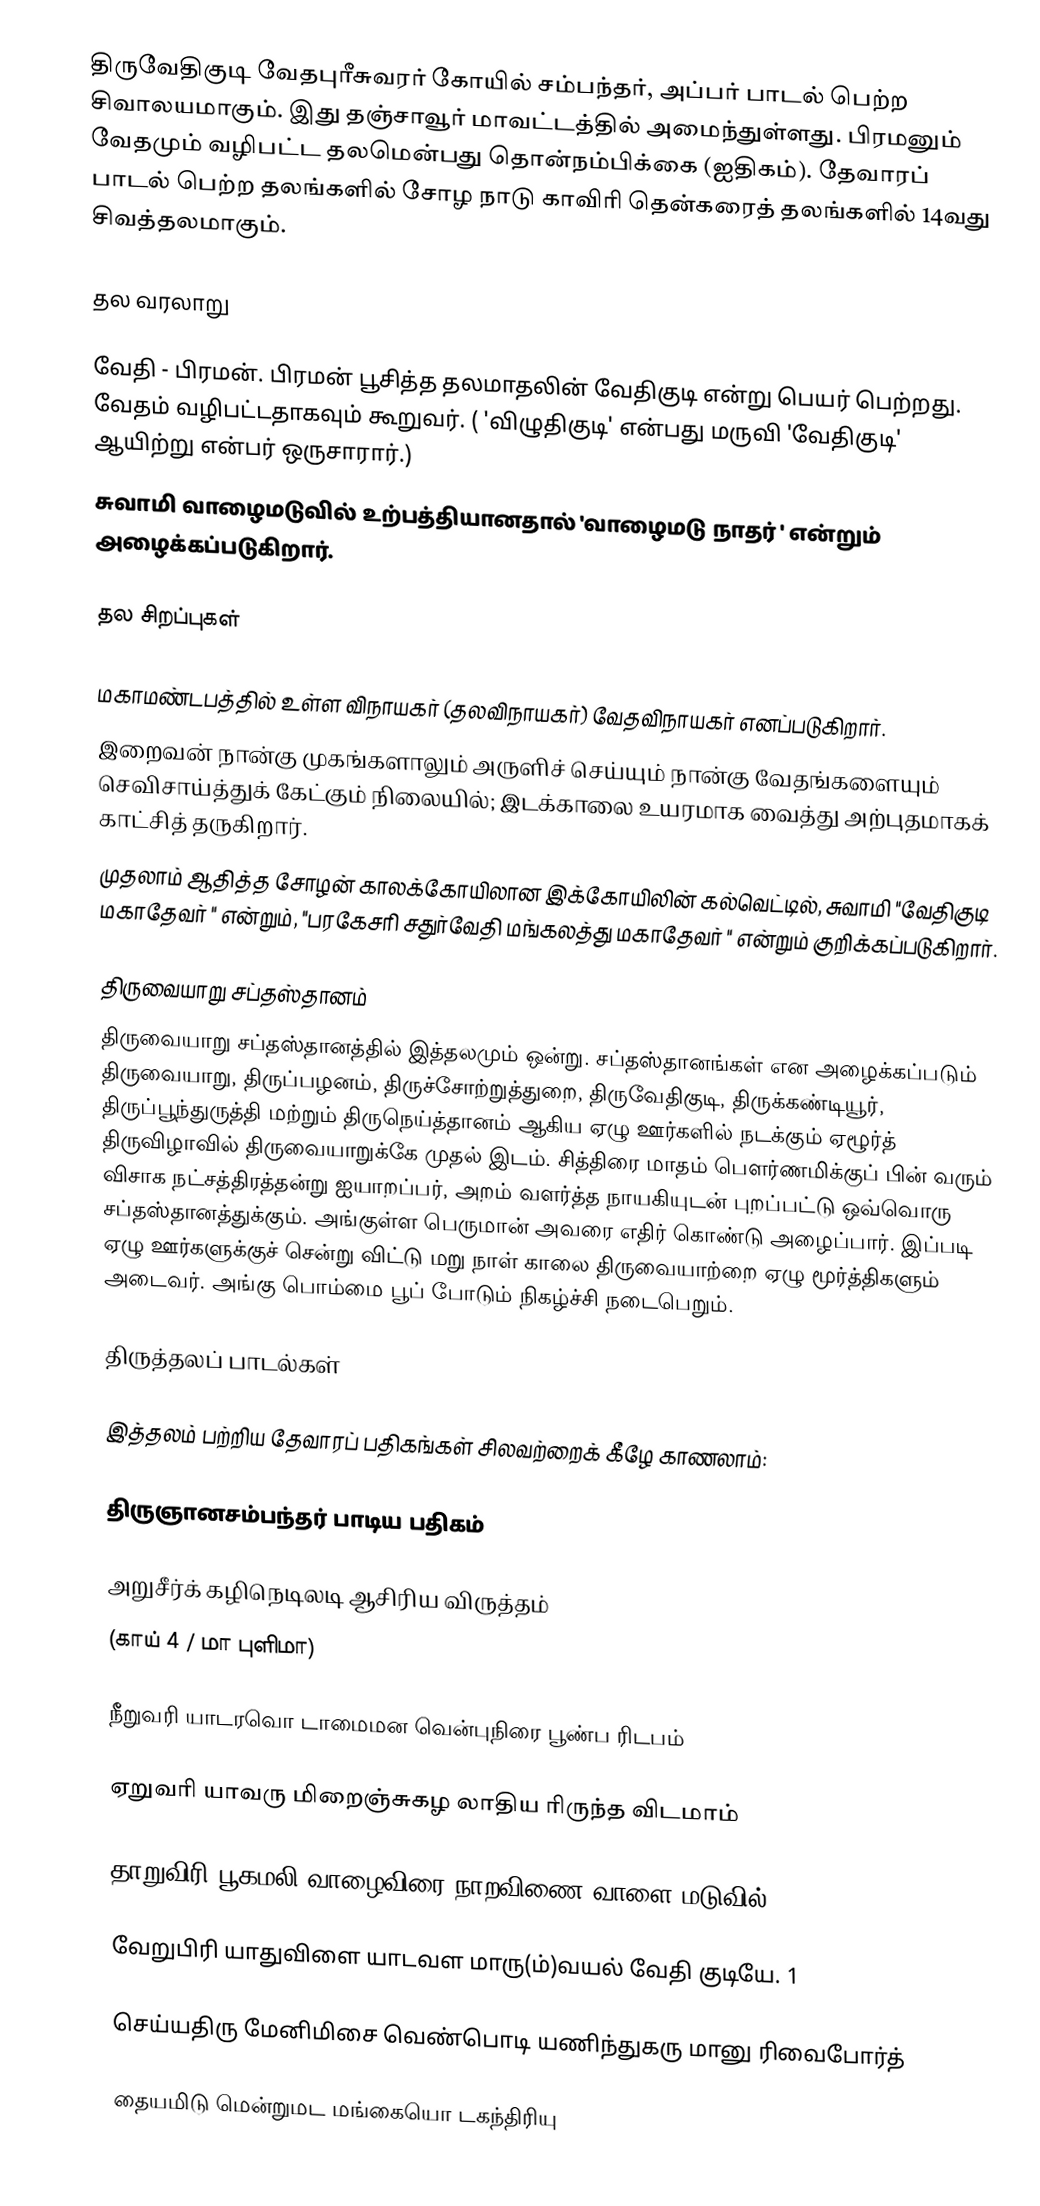
திருவேதிகுடி வேதபுரீசுவரர் கோயில் சம்பந்தர், அப்பர் பாடல் பெற்ற சிவாலயமாகும். இது தஞ்சாவூர் மாவட்டத்தில் அமைந்துள்ளது. பிரமனும் வேதமும் வழிபட்ட தலமென்பது தொன்நம்பிக்கை (ஐதிகம்). தேவாரப் பாடல் பெற்ற தலங்களில்  சோழ நாடு காவிரி தென்கரைத் தலங்களில் 14வது சிவத்தலமாகும்.

தல வரலாறு

வேதி - பிரமன். பிரமன் பூசித்த தலமாதலின் வேதிகுடி என்று பெயர் பெற்றது. வேதம் வழிபட்டதாகவும் கூறுவர். ( 'விழுதிகுடி' என்பது மருவி 'வேதிகுடி' ஆயிற்று என்பர் ஒருசாரார்.)
சுவாமி வாழைமடுவில் உற்பத்தியானதால் 'வாழைமடு நாதர் ' என்றும் அழைக்கப்படுகிறார்.

தல சிறப்புகள்

மகாமண்டபத்தில் உள்ள விநாயகர் (தலவிநாயகர்) வேதவிநாயகர் எனப்படுகிறார்.
இறைவன் நான்கு முகங்களாலும் அருளிச் செய்யும் நான்கு வேதங்களையும் செவிசாய்த்துக் கேட்கும் நிலையில்; இடக்காலை உயரமாக வைத்து அற்புதமாகக் காட்சித் தருகிறார்.
முதலாம் ஆதித்த சோழன் காலக்கோயிலான இக்கோயிலின் கல்வெட்டில், சுவாமி "வேதிகுடி மகாதேவர் " என்றும், "பரகேசரி சதுர்வேதி மங்கலத்து மகாதேவர் " என்றும் குறிக்கப்படுகிறார்.

திருவையாறு சப்தஸ்தானம்
திருவையாறு சப்தஸ்தானத்தில் இத்தலமும் ஒன்று. சப்தஸ்தானங்கள் என அழைக்கப்படும் திருவையாறு, திருப்பழனம், திருச்சோற்றுத்துறை, திருவேதிகுடி, திருக்கண்டியூர், திருப்பூந்துருத்தி மற்றும் திருநெய்த்தானம் ஆகிய ஏழு ஊர்களில் நடக்கும் ஏழூர்த் திருவிழாவில் திருவையாறுக்கே முதல் இடம். சித்திரை மாதம் பெளர்ணமிக்குப் பின் வரும் விசாக நட்சத்திரத்தன்று ஐயாறப்பர், அறம் வளர்த்த நாயகியுடன் புறப்பட்டு ஒவ்வொரு சப்தஸ்தானத்துக்கும். அங்குள்ள பெருமான் அவரை எதிர் கொண்டு அழைப்பார். இப்படி ஏழு ஊர்களுக்குச் சென்று விட்டு மறு நாள் காலை திருவையாற்றை ஏழு மூர்த்திகளும் அடைவர். அங்கு பொம்மை பூப் போடும் நிகழ்ச்சி நடைபெறும்.

திருத்தலப் பாடல்கள்

இத்தலம் பற்றிய தேவாரப் பதிகங்கள் சிலவற்றைக் கீழே காணலாம்:

திருஞானசம்பந்தர் பாடிய பதிகம்

அறுசீர்க் கழிநெடிலடி ஆசிரிய விருத்தம்
(காய் 4 / மா புளிமா)

நீறுவரி யாடரவொ டாமைமன வென்புநிரை பூண்ப ரிடபம்

ஏறுவரி யாவரு மிறைஞ்சுகழ லாதிய ரிருந்த விடமாம்

தாறுவிரி பூகமலி வாழைவிரை நாறவிணை வாளை மடுவில்

வேறுபிரி யாதுவிளை யாடவள மாரு(ம்)வயல் வேதி குடியே. 1

செய்யதிரு மேனிமிசை வெண்பொடி யணிந்துகரு மானு ரிவைபோர்த்

தையமிடு மென்றுமட மங்கையொ டகந்திரியு